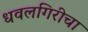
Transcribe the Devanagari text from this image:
धवलगिरीचा